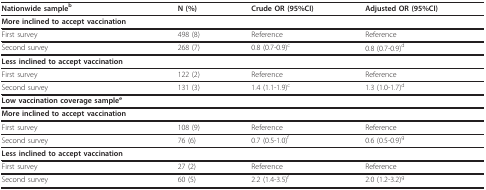
| Nationwide sampleb | N (%) | Crude OR (95%CI) | Adjusted OR (95%CI) |
 | --- | --- | --- | --- |
 | More inclined to accept vaccination |  |  |  |
 | First survey | 498 (8) | Reference | Reference |
 | Second survey | 268 (7) | 0.8 (0.7-0.9)c | 0.8 (0.7-0.9)d |
 | Less inclined to accept vaccination |  |  |  |
 | First survey | 122 (2) | Reference | Reference |
 | Second survey | 131 (3) | 1.4 (1.1-1.9)c | 1.3 (1.0-1.7)d |
 | Low vaccination coverage samplee |  |  |  |
 | More inclined to accept vaccination |  |  |  |
 | First survey | 108 (9) | Reference | Reference |
 | Second survey | 76 (6) | 0.7 (0.5-1.0)f | 0.6 (0.5-0.9)g |
 | Less inclined to accept vaccination |  |  |  |
 | First survey | 27 (2) | Reference | Reference |
 | Second survey | 60 (5) | 2.2 (1.4-3.5)f | 2.0 (1.2-3.2)g |